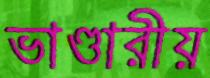
ভাণ্ডারীয়